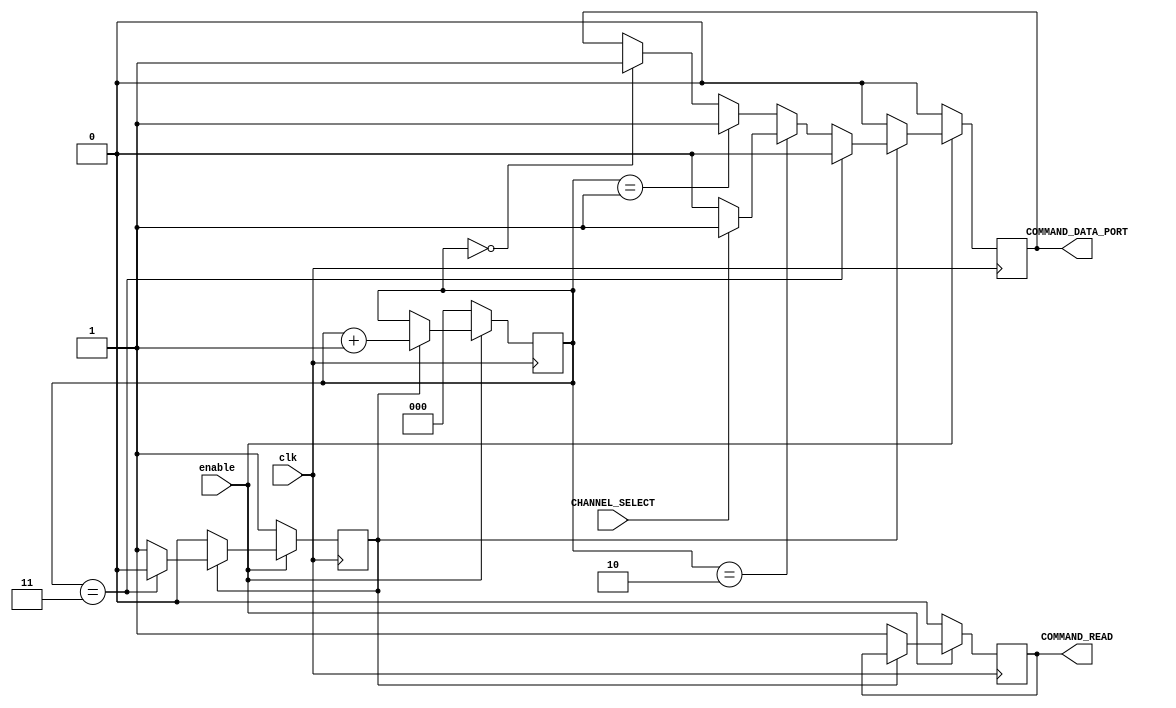
`timescale 1ns / 1ps
//////////////////////////////////////////////////////////////////////////////////
// Company: 
// Engineer: 
// 
// Design Name: 
// Module Name:    ADC_COMMANDER 
// Project Name: 
// Target Devices: 
// Tool versions: 
// Description: 
//
// Dependencies: 
//
// Revision: 
// Revision 0.01 - File Created
// Additional Comments: 
//
//////////////////////////////////////////////////////////////////////////////////
module ADC_COMMANDER(COMMAND_DATA_PORT, COMMAND_READ, CHANNEL_SELECT, enable, clk );

     output reg       COMMAND_DATA_PORT;
     output reg       COMMAND_READ;
     input            CHANNEL_SELECT;  //correccion
     input            enable;   
     input            clk;

            reg [2:0] counter;
            reg       activador;


    initial begin 
       COMMAND_READ      = 0;
       COMMAND_DATA_PORT = 0;

       counter           = 3'b000;
       activador         = 0;
    end



     
always @(negedge clk)  

    if (enable==0) 

        begin
        counter           = 3'b000;
        COMMAND_DATA_PORT = 1'b0 ;
        COMMAND_READ      = 0;
        activador         = 1;
        end


    else if (enable==1) 

        begin

             if(activador==1)

             begin
                   if(counter==3'b000) 
                     begin
                       COMMAND_DATA_PORT = 1'b1;
                     end

                   if(counter==3'b001) 
                     begin
                       COMMAND_DATA_PORT = 1'b1;
                     end

                  if(counter==3'b010) 
                     begin

                        if (CHANNEL_SELECT==0)
                          begin
                           COMMAND_DATA_PORT = 1'b0;
                          end

                        else if (CHANNEL_SELECT==1)
                          begin
                           COMMAND_DATA_PORT = 1'b1;
                          end

                     end 

                  if(counter==3'b011) 
                     begin
                       COMMAND_DATA_PORT = 1'b0;
                       activador=0;
                     end    
  
                     counter = counter+1'b1;  
             end



             else if(activador==0)

             begin
                  COMMAND_DATA_PORT = 1'b0 ;
                  COMMAND_READ      = 1;

             end
             
        end

endmodule